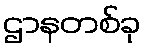
ဌာနတစ်ခု